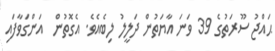
ޙައްޖު ސޫރަތުގެ 39 ވަނަ އާޔަތުން ދަލީލު ލިބެއެވެ. އެގޮތުން  އަންގަވާފައި